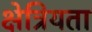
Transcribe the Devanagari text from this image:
क्षेत्रियता